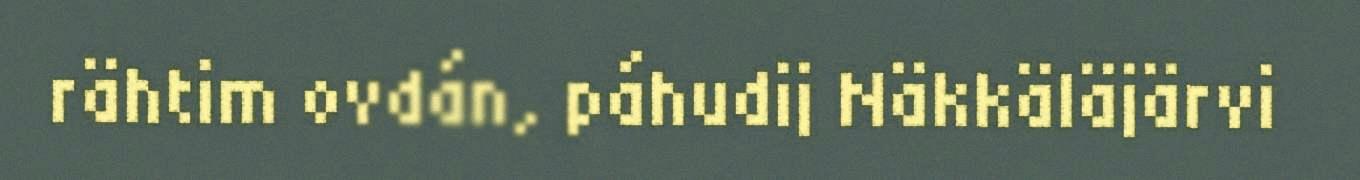
rähtim ovdán, páhudij Näkkäläjärvi